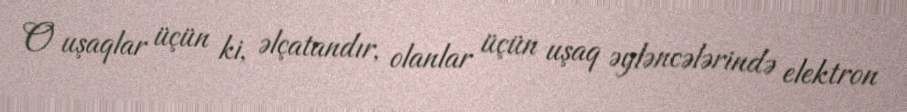
O uşaqlar üçün ki, əlçatandır, olanlar üçün uşaq əyləncələrində elektron